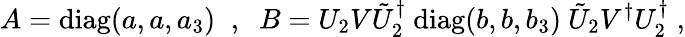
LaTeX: A=\mathrm{diag}(a,a,a_{3})\; \; ,\; \; B=U_{2}V\tilde{U}_{2}^{\dagger}~\mathrm{diag}(b,b,b_{3})~\tilde{U}_{2}V^{\dagger}U_{2}^{\dagger}\; ,